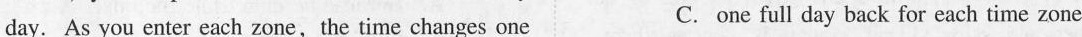
day. As you enter each zone,the time changes one C. one full day back for each time zone